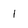
Character: 1